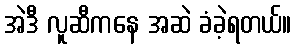
အဲဒီ လူဆီကနေ အဆဲ ခံခဲ့ရတယ်။